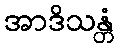
အာဒိသန္တံ